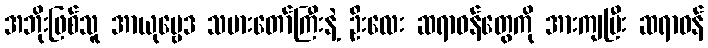
အဘိုးဖြစ်သူ အာယုဗ္ဗေဒ သမားတော်ကြီးနဲ့ ဦးလေး ဆရာဝန်တွေကို အားကျပြီး ဆရာဝန်